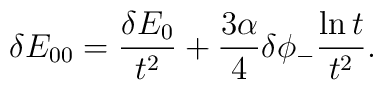
\delta E_{00} = \frac{\delta E_0}{t^2} + \frac{3\alpha}{4}\delta\phi_{-}\frac{\ln t}{t^2}.